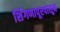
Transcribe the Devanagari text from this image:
शिंगणापूरपासून